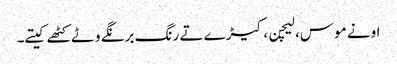
اونے موس، لیچن، کیڑے تے رنگ برنگے وٹے کٹھے کیتے۔